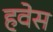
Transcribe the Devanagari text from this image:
हवेस